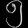
Digit: ၅